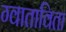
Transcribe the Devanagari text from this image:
ग्वाताविता